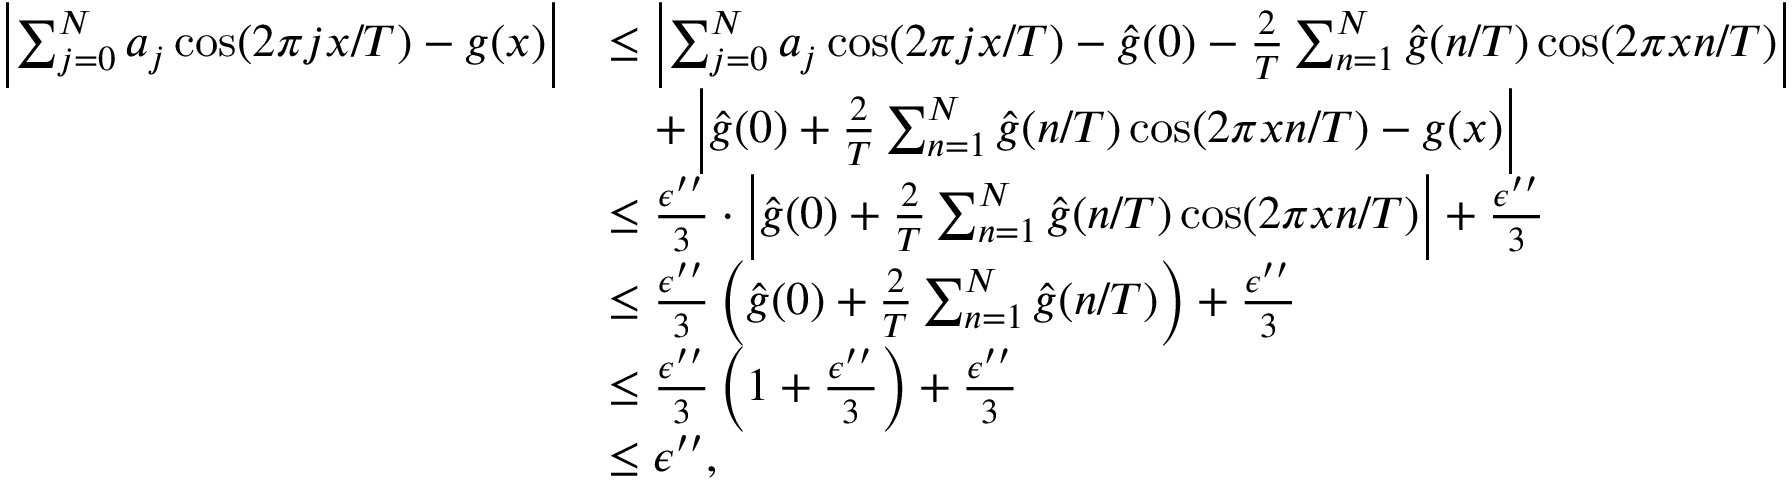
\begin{array} { r l } { \left| \sum _ { j = 0 } ^ { N } a _ { j } \cos ( 2 \pi j x / T ) - g ( x ) \right| } & { \le \left| \sum _ { j = 0 } ^ { N } a _ { j } \cos ( 2 \pi j x / T ) - \hat { g } ( 0 ) - \frac { 2 } { T } \sum _ { n = 1 } ^ { N } \hat { g } ( n / T ) \cos ( 2 \pi x n / T ) \right| } \\ & { \quad + \left| \hat { g } ( 0 ) + \frac { 2 } { T } \sum _ { n = 1 } ^ { N } \hat { g } ( n / T ) \cos ( 2 \pi x n / T ) - g ( x ) \right| } \\ & { \le \frac { \epsilon ^ { \prime \prime } } { 3 } \cdot \left| \hat { g } ( 0 ) + \frac { 2 } { T } \sum _ { n = 1 } ^ { N } \hat { g } ( n / T ) \cos ( 2 \pi x n / T ) \right| + \frac { \epsilon ^ { \prime \prime } } { 3 } } \\ & { \le \frac { \epsilon ^ { \prime \prime } } { 3 } \left( \hat { g } ( 0 ) + \frac { 2 } { T } \sum _ { n = 1 } ^ { N } \hat { g } ( n / T ) \right) + \frac { \epsilon ^ { \prime \prime } } { 3 } } \\ & { \le \frac { \epsilon ^ { \prime \prime } } { 3 } \left( 1 + \frac { \epsilon ^ { \prime \prime } } { 3 } \right) + \frac { \epsilon ^ { \prime \prime } } { 3 } } \\ & { \le \epsilon ^ { \prime \prime } , } \end{array}